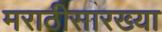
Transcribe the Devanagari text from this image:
मराठीसारख्या